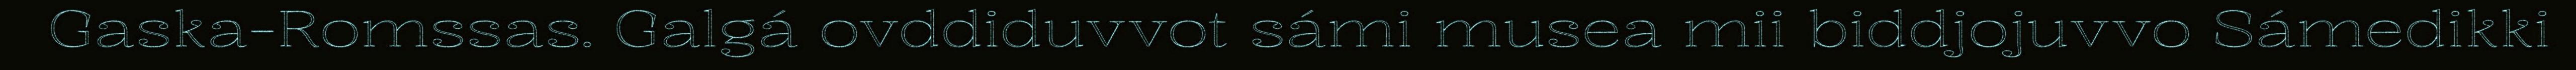
Gaska-Romssas. Galgá ovddiduvvot sámi musea mii biddjojuvvo Sámedikki